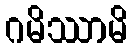
ဂမိဿာမိ